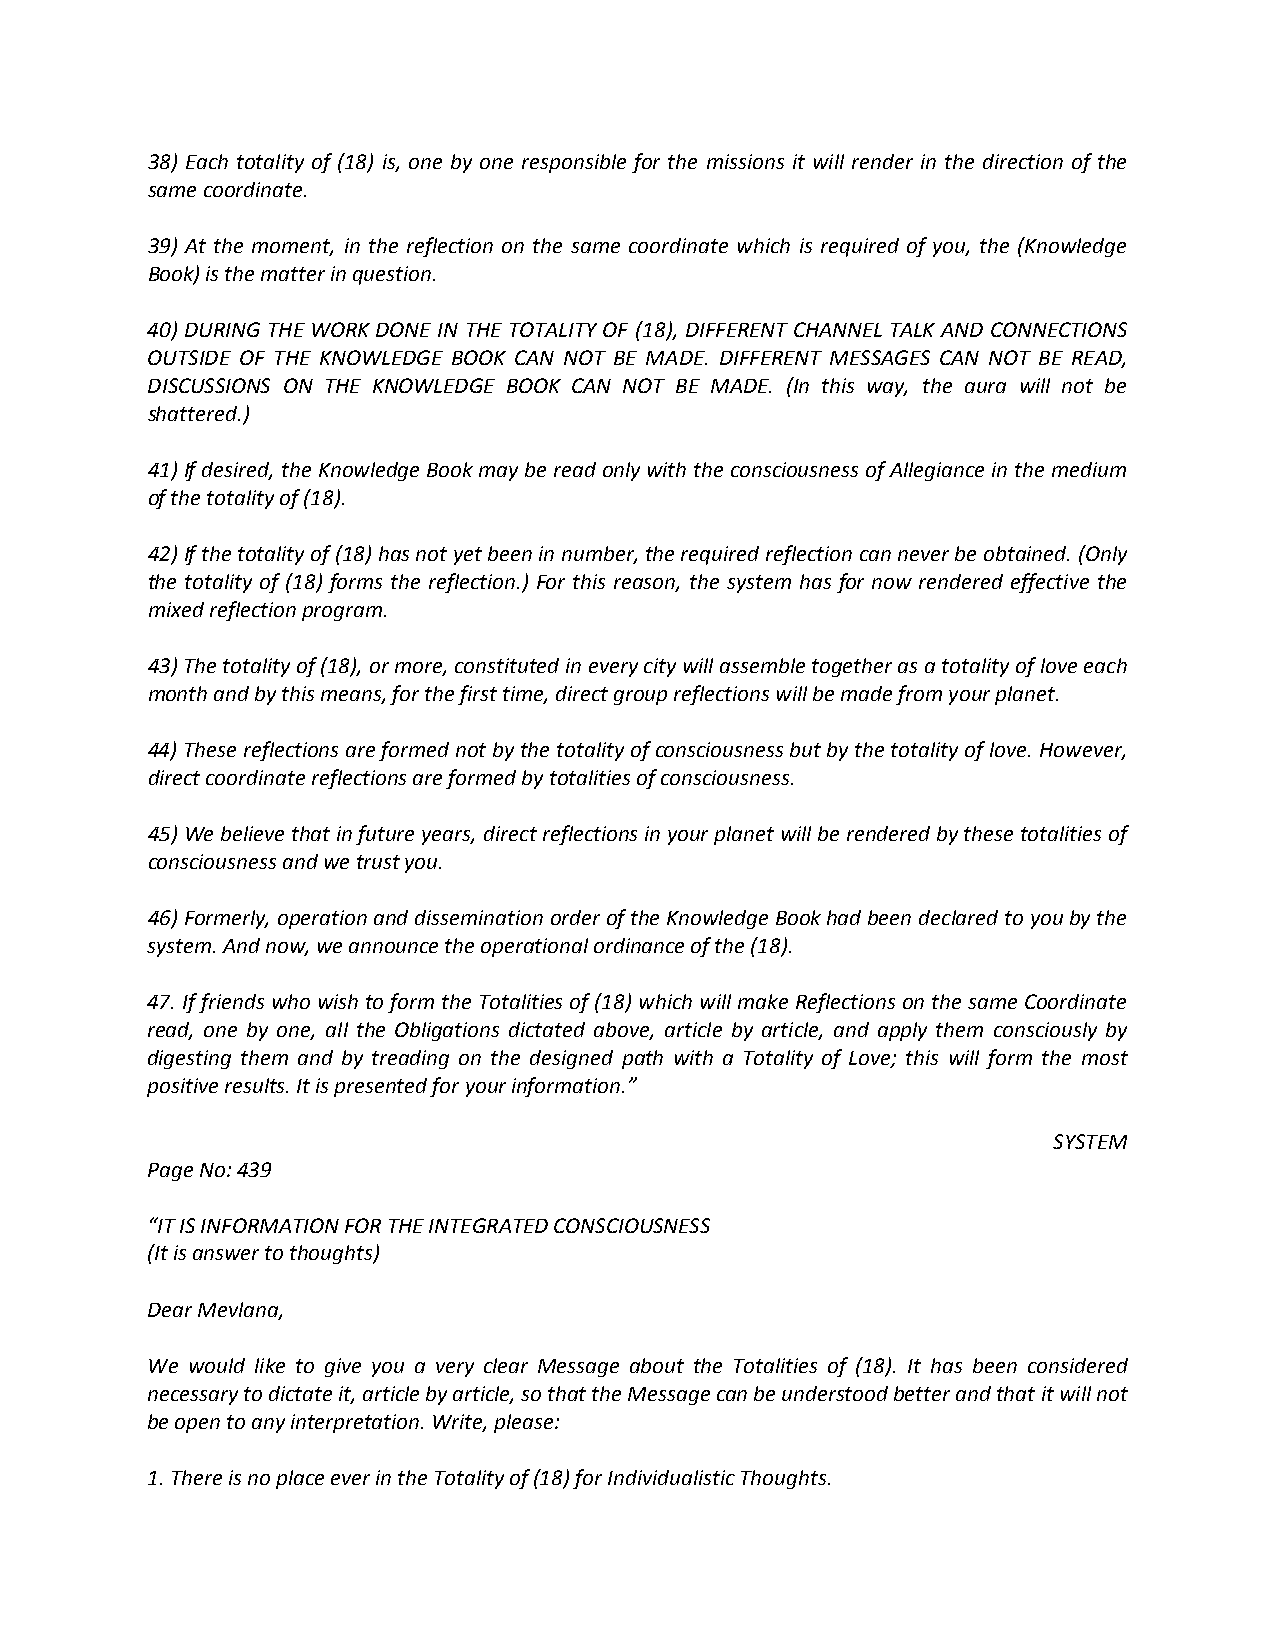
38) Each totality of (18) is, one by one responsible for the missions it will render in the direction of the
 same coordinate.
 39) At the moment, in the reflection on the same coordinate which is required of you, the (Knowledge
 Book) is the matter in question.
 40) DURING THE WORK DONE IN THE TOTALITY OF (18), DIFFERENT CHANNEL TALK AND CONNECTIONS
 OUTSIDE OF THE KNOWLEDGE BOOK CAN NOT BE MADE. DIFFERENT MESSAGES CAN NOT BE READ,
 DISCUSSIONS ON THE KNOWLEDGE BOOK CAN NOT BE MADE. (In this way, the aura will not be
 shattered.)
 41) If desired, the Knowledge Book may be read only with the consciousness of Allegiance in the medium
 of the totality of (18).
 42) If the totality of (18) has not yet been in number, the required reflection can never be obtained. (Only
 the totality of (18) forms the reflection.) For this reason, the system has for now rendered effective the
 mixed reflection program.
 43) The totality of (18), or more, constituted in every city will assemble together as a totality of love each
 month and by this means, for the first time, direct group reflections will be made from your planet.
 44) These reflections are formed not by the totality of consciousness but by the totality of love. However,
 direct coordinate reflections are formed by totalities of consciousness.
 45) We believe that in future years, direct reflections in your planet will be rendered by these totalities of
 consciousness and we trust you.
 46) Formerly, operation and dissemination order of the Knowledge Book had been declared to you by the
 system. And now, we announce the operational ordinance of the (18).
 47. If friends who wish to form the Totalities of (18) which will make Reflections on the same Coordinate
 read, one by one, all the Obligations dictated above, article by article, and apply them consciously by
 digesting them and by treading on the designed path with a Totality of Love; this will form the most
 positive results. It is presented for your information.”
 SYSTEM
 Page No: 439
 “IT IS INFORMATION FOR THE INTEGRATED CONSCIOUSNESS
 (It is answer to thoughts)
 Dear Mevlana,
 We would like to give you a very clear Message about the Totalities of (18). It has been considered
 necessary to dictate it, article by article, so that the Message can be understood better and that it will not
 be open to any interpretation. Write, please:
 1. There is no place ever in the Totality of (18) for Individualistic Thoughts.